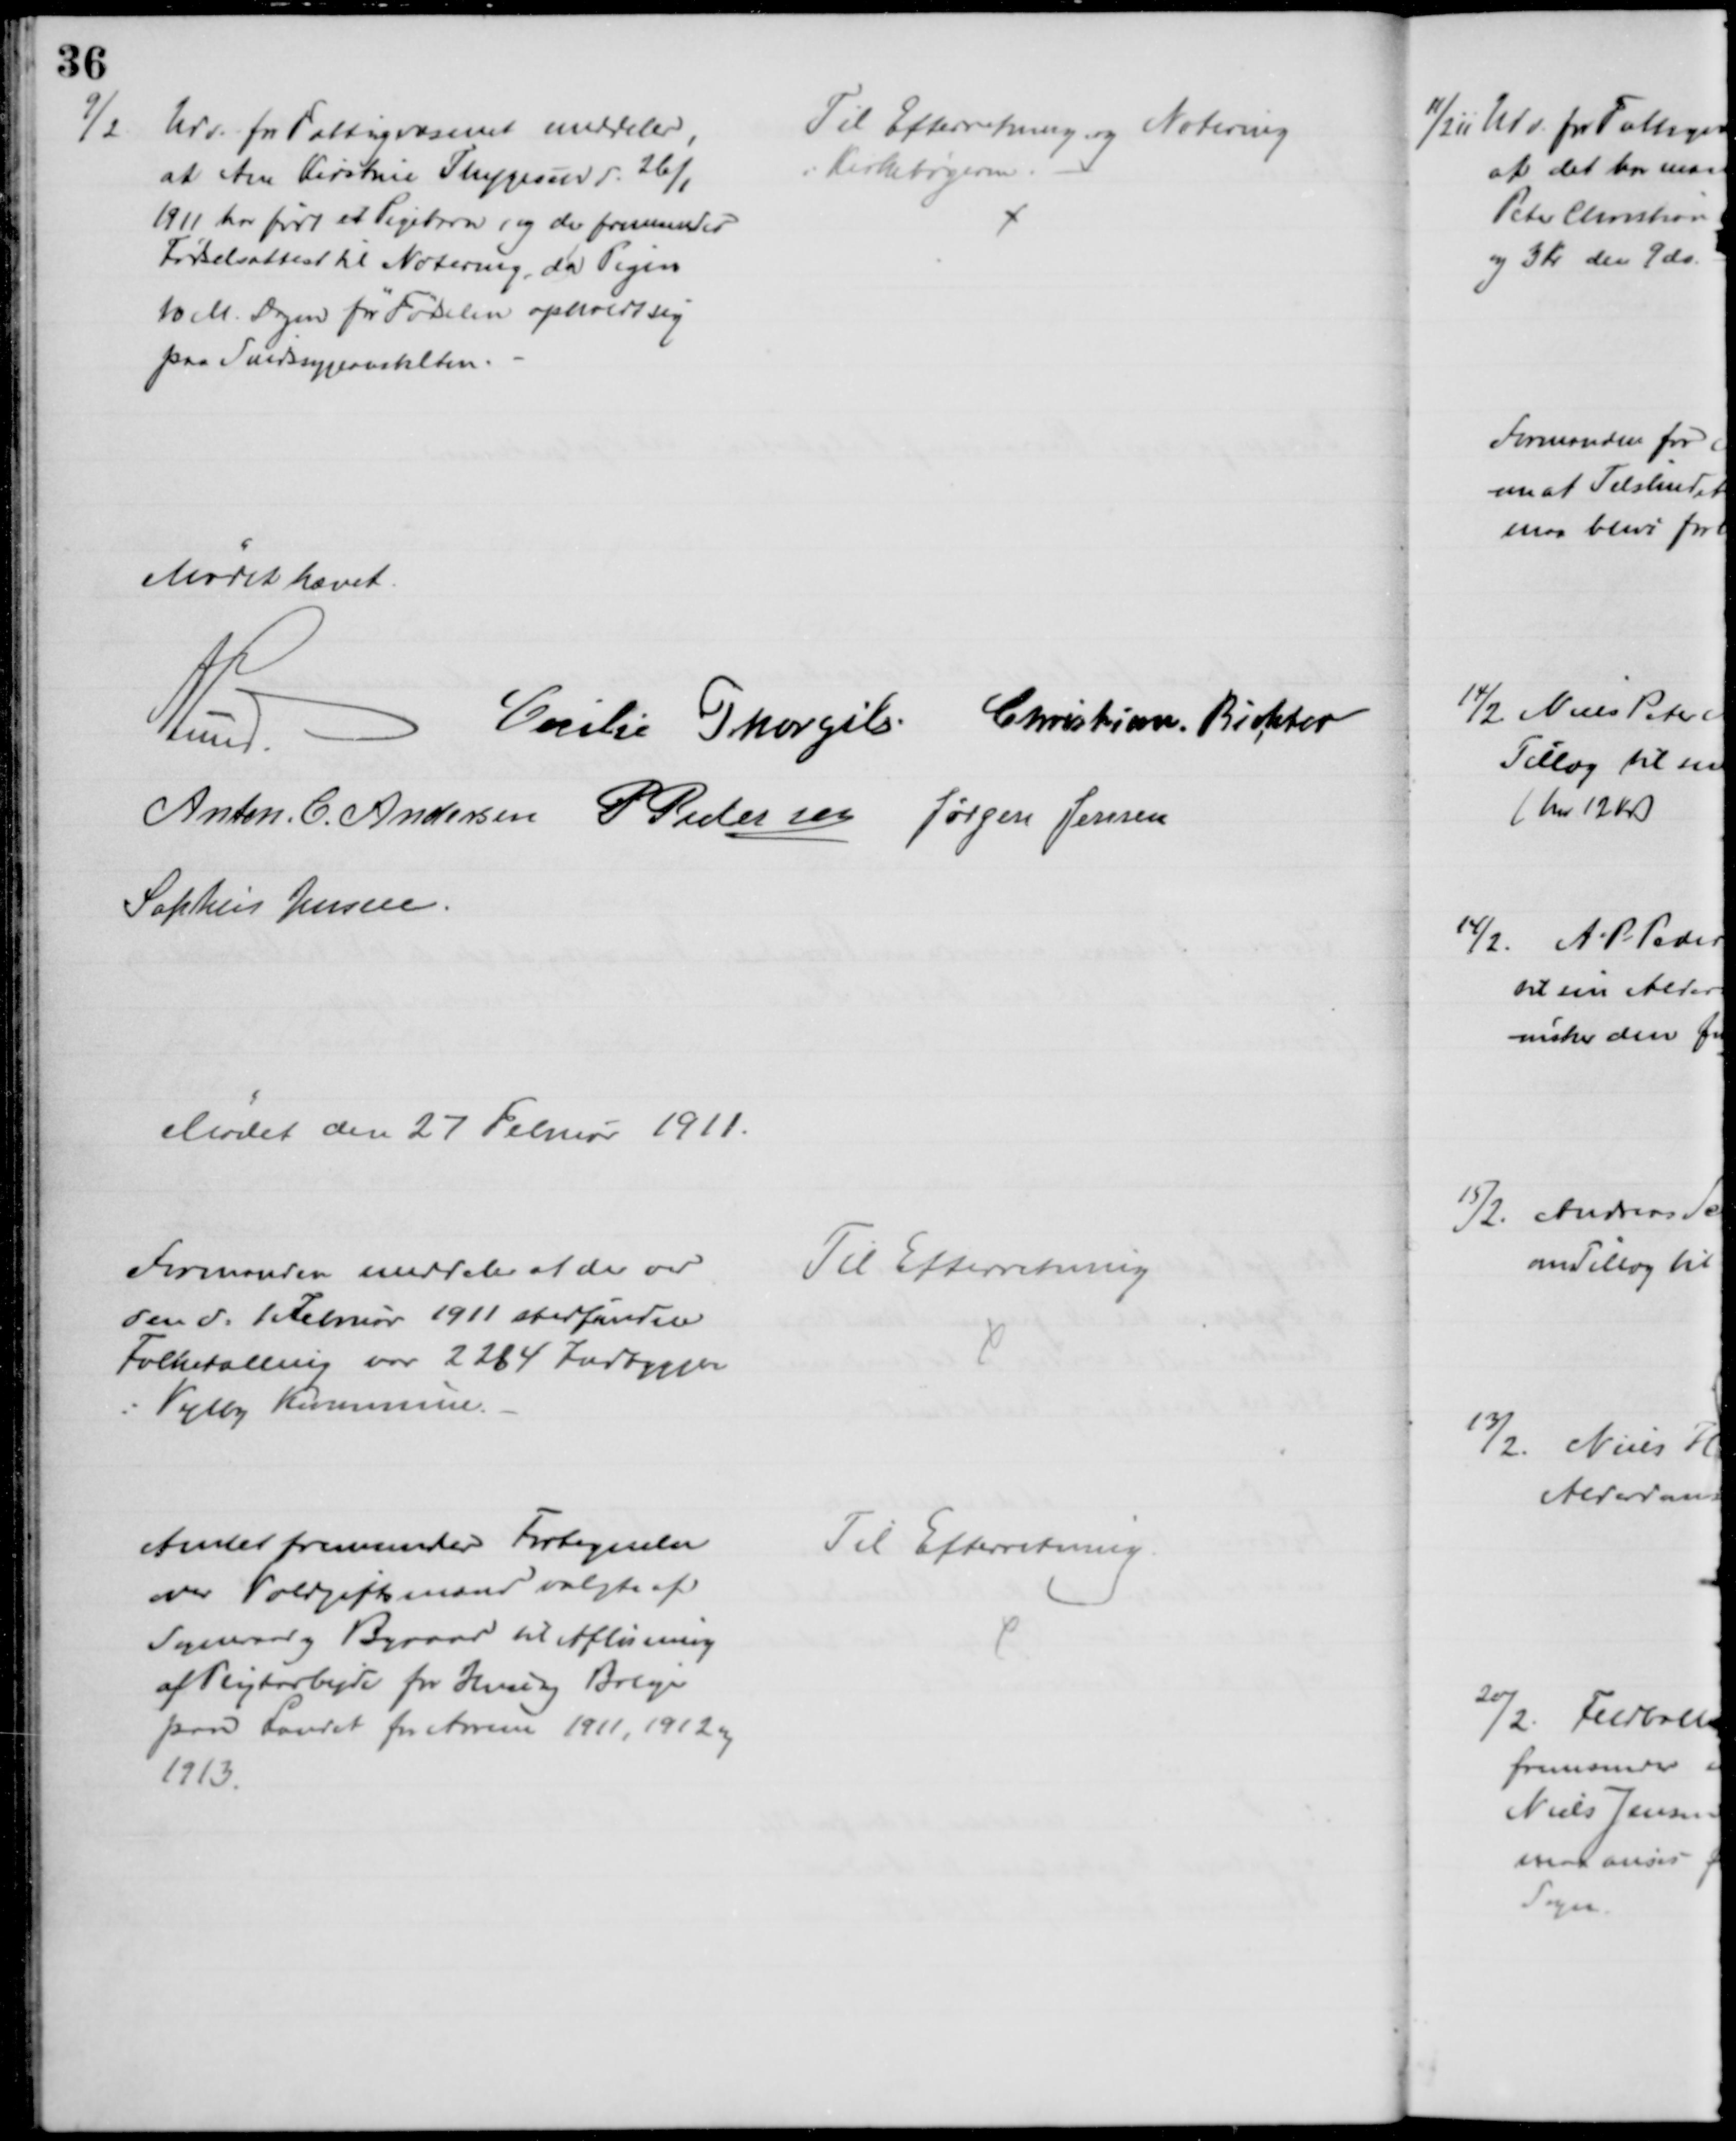
Transskription:
9/2
Udv. for Fattigvæsenet meddeler,
at Ane Kirstine Thygesen d. 26/1
1911 har født et Pigebarn, og der fremsendes
Fødselsattest til Notering, da Pigen
10 M. Dagen før Fødselen opholdt sig
paa Sindssygeanstalten.
Til Efterretning og Notering
i Kirkebøgerne.
Mødet hævet.
A Lund.
Cecilie Thorgils Christian Richter
Anton C. Andersen P Pedersen Jørgen Jensen
Sophus Jensen.
Mødet den 27 Februar 1911.
Formanden meddeler at der ved
den d. 1 Februar 1911 stedfundne
Folketælling var 2214 Indbyggere
i Vejlby Kommune.
Til Efterretning
Amtet fremsender Fortegnelse
over Voldgiftsmænd valgte af
Sogneraad og Byraad til Afløsning
af Pligtarbejde for Huse og Boliger
paa Landet for Aarene 1911, 1912 og
1913.
Til Efterretning.